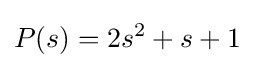
P(s)=2s^{2}+s+1